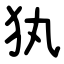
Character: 犱